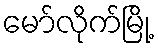
မော်လိုက်မြို့